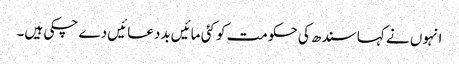
انہوں نے کہا سندھ کی حکومت کو کئی مائیں بددعائیں دے چکی ہیں۔